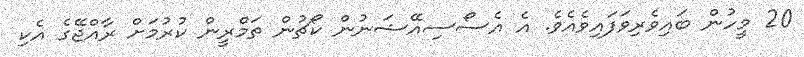
20 މީހުން ބައިވެރިވަފައިވެއެވެ. އެ އެސޯސިއޭޝަނުން ކޯޗުން ތަމްރީން ކުރުމަށް ރާއްޖޭގެ އެކި